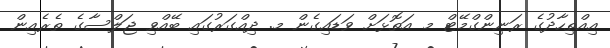
އިއްތިހާދުގެ ރަނިންގްމޭޓް މ އަތޮޅަށް ވަޑައިގެން މ. ދިއްގަރުގައި ބޭއްވި ޖަލްސާގެ ތެރެއިން